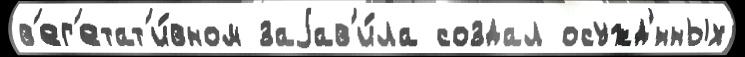
в'ег'етат'и́вном заjав'и́ла создал осужд'́нных